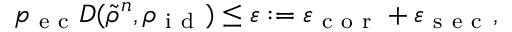
p _ { \mathrm { ~ e ~ c ~ } } D ( \tilde { \rho } ^ { n } , \rho _ { \mathrm { ~ i ~ d ~ } } ) \leq \varepsilon : = \varepsilon _ { \mathrm { ~ c ~ o ~ r ~ } } + \varepsilon _ { \mathrm { ~ s ~ e ~ c ~ } } ,